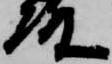
殿